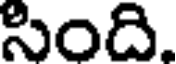
సింది.